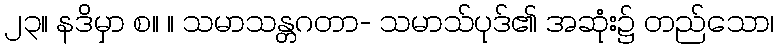
၂၃။ နဒိမှာ စ။ ။ သမာသန္တဂတာ- သမာသ်ပုဒ်၏ အဆုံး၌ တည်သော၊